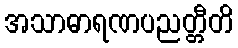
အသာဓာရဏပညတ္တီတိ